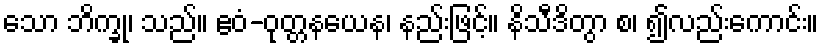
သော ဘိက္ခု၊ သည်။ ဧဝံ-ဝုတ္တနယေန၊ နည်းဖြင့်။ နိသီဒိတွာ စ၊ ၍လည်းကောင်း။